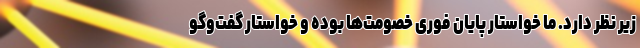
زیر نظر دارد. ما خواستار پایان فوری خصومت‌ها بوده و خواستار گفت‌وگو